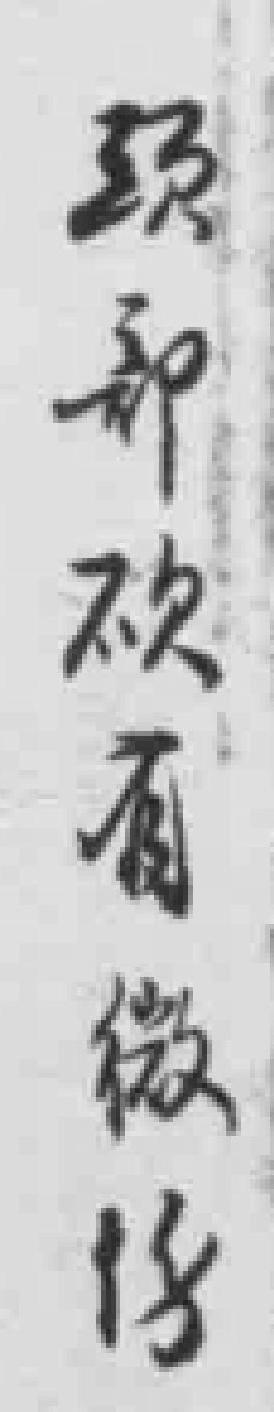
頭部砍*微伤